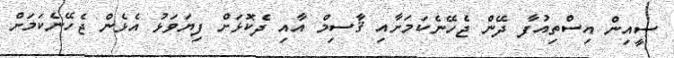
ސީއިން އިސްތިއުފާ ދޭން ޖެހޭނެކަމަށާއި ޤާސިމް އާއި ދެކޮޅަށް ފިޔަވަޅު އެޅެން ޖެހޭނެކަމަށް